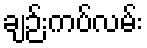
ချဉ်းကပ်လမ်း